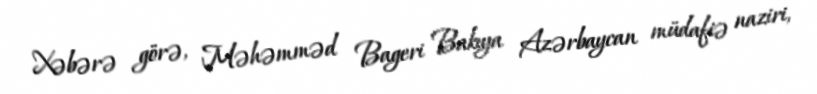
Xəbərə görə, Məhəmməd Bageri Bakıya Azərbaycan müdafiə naziri,